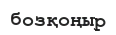
бозқоңыр